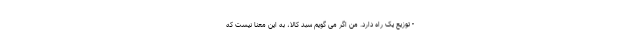
- توزیع یک راه دارد. من اگر می گویم سبد کالا، به این معنا نیست که